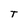
Character: T